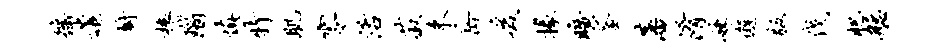
徭遣厨榱瑙慎特肌零活菽束岳爰掾旷釜藩淆妹邂版伐肥艋